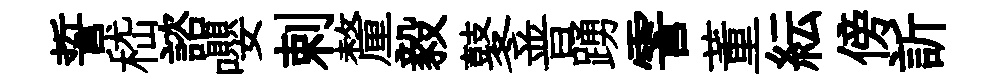
誓嵇諮嚶剌釐毅鼕普踴霅董紜傍訢